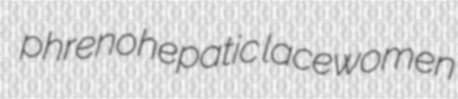
phrenohepatic lacewomen